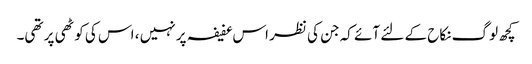
کچھ لوگ نکاح کے لئے آئے کہ جن کی نظر اس عفیفہ پر نہیں ، اس کی کوٹھی پر تھی۔